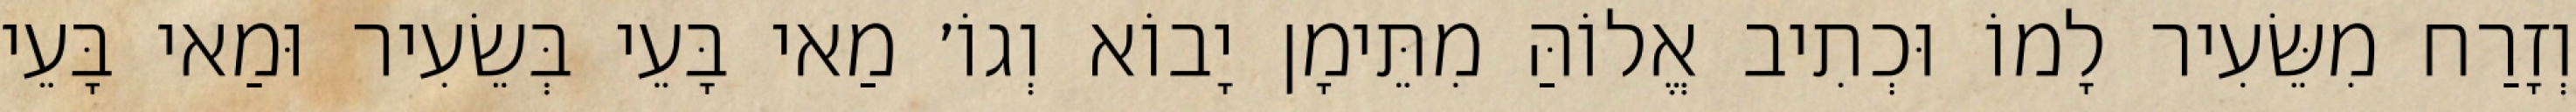
וְזָרַח מִשֵּׂעִיר לָמוֹ וּכְתִיב אֱלוֹהַּ מִתֵּימָן יָבוֹא וְגוֹ׳ מַאי בָּעֵי בְּשֵׂעִיר וּמַאי בָּעֵי